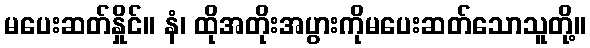
မပေးဆတ်နှိုင်။ နံ၊ ထိုအတိုးအပွားကိုမပေးဆတ်သောသူတို့။